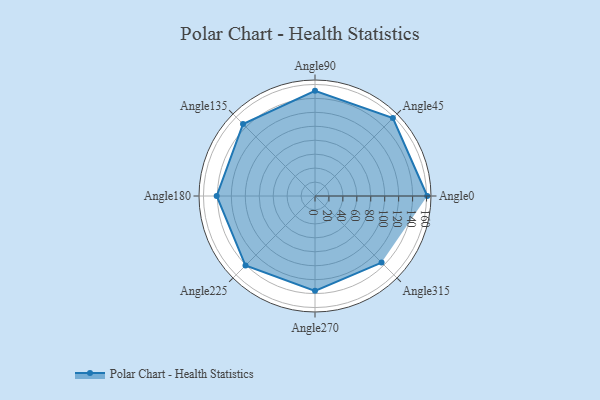
{"axis": {"x": "Angle", "y": "Radius"}, "legend": [""], "data": [{"x": "Angle0", "y": 161.0, "type": ""}, {"x": "Angle45", "y": 158.0, "type": ""}, {"x": "Angle90", "y": 151.0, "type": ""}, {"x": "Angle135", "y": 146.0, "type": ""}, {"x": "Angle180", "y": 141.0, "type": ""}, {"x": "Angle225", "y": 141.0, "type": ""}, {"x": "Angle270", "y": 136.0, "type": ""}, {"x": "Angle315", "y": 135.0, "type": ""}]}